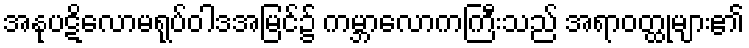
အနုပဋိလောမရုပ်ဝါဒအမြင်၌ ကမ္ဘာလောကကြီးသည် အရာဝတ္ထုများ၏